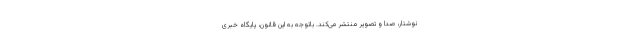
نوشتار، صدا و تصویر منتشر می‌کند. باتوجه به این قانون، پایگاه خبری